Punjab Mental Hospital Lahore 1932-46 - 1932-1946
Year: 1932
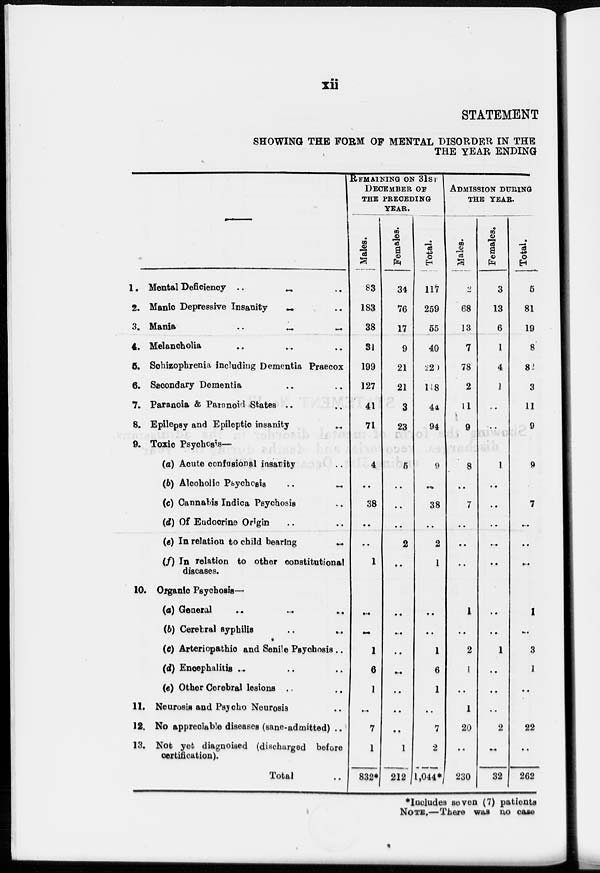
xii
STATEMENT
SHOWING THE FORM OF MENTAL DISORDER IN THE
THE YEAR ENDING
–––
1. Mental Deficiency
..
..
..
2. Manic Depressive Insanity .. ..
3. Mania
..
..
..
4. Melancholia .. .. ..
5. Schizophrenia including Dementia Praecox
6. Secondary Dementia .. ..
7. Paranoia & Paranoid States .. ..
8. Epilepsy and Epileptic insanity ..
9. Toxic Psychosis—
(a) Acute confusional insanity
(b) Alcoholic Psychosis
..
..
(c) Cannabis Indica Psychosis ..
(d) Of Eadocrine Origin .. ..
(e) In relation to child bearing
..
(f) In relation to other constitutional
diseases.
10. Organic Psychosis—
(a) General .. .. ..
(b) Cerebral syphilis .. ..
(c) Arteriopathic and Senile Psychosis ..
(d) Encephalitis .. .. ..
(e) Other Cerebral lesions .. ..
11. Neurosis and Psycho Neurosis ..
12. No appreciable diseases (sane-admitted) ..
13. Not yet diagnoised (discharged before
certification).
Total ..
REMAINING ON 31ST
DECEMBER OF
THE PRECEDING
YEAR.
Males.
83
183
38
31
199
127
41
71
4
..
38
..
..
1
..
..
1
6
1
..
7
1
832*
Females.
34
76
17
9
21
21
3
23
5
..
..
..
2
..
..
..
..
..
..
. .
. .
1
212
Total.
117
259
55
40
229
148
44
94
9
..
38
..
2
1
..
..
1
6
1
..
7
2
1,044*
ADMISSION DURING
THE YEAR.
Males.
2
68
13
7
78
2
11
9
8
..
7
..
..
..
1
..
2
1
..
1
20
..
230
Females.
3
13
6
1
4
1
..
..
1
..
..
..
..
..
..
..
1
..
..
..
2
..
32
Total.
5
81
19
8
82
3
11
9
9
7
..
..
..
1
..
3
1
..
22
..
262
*Includes seven (7) patients
NOTE.—There was no case